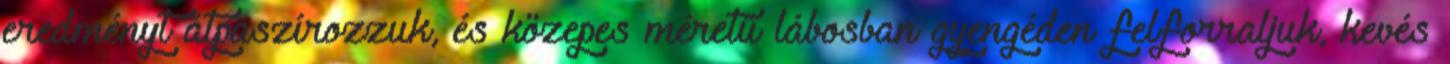
eredményt átpaszírozzuk, és közepes méretű lábosban gyengéden felforraljuk, kevés